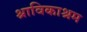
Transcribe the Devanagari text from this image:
श्राविकाश्रम